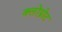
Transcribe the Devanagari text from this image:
क्लोंप्रोट